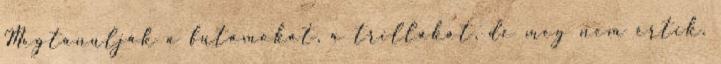
Megtanulják a futamokat, a trillákat, de meg nem értik.